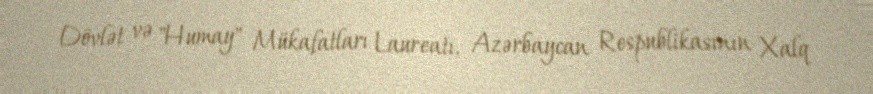
Dövlət və "Humay" Mükafatları Laureatı, Azərbaycan Respublikasının Xalq